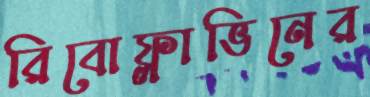
রিবোফ্লাভিনের